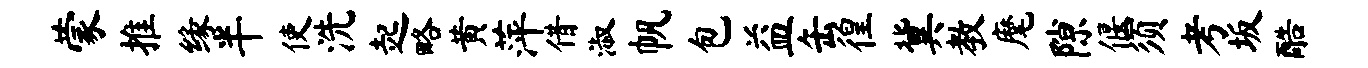
蒙推缘半使洗起略黄萍借淑帆包益缶徨冀教麾隙偃须考坂酷